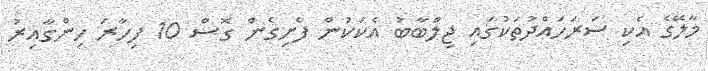
މާލޭގެ އެކި ސަރަހައްދުތަކުގައި ޖިލްބާބު އެކަކުން ފެށިގެން ގޮސް 10 ފިހާރަ ހިންގާއިރު